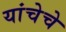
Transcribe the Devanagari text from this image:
यांचेचे